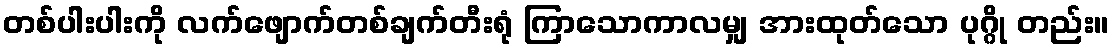
တစ်ပါးပါးကို လက်ဖျောက်တစ်ချက်တီးရုံ ကြာသောကာလမျှ အားထုတ်သော ပုဂ္ဂို တည်း။